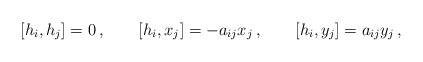
\begin{align*}\left[h_i,h_j\right]=0\, ,\qquad\left[h_i, x_j\right]= -a_{ij} x_j\, ,\qquad\left[h_i, y_j\right]= a_{ij} y_j\, ,\end{align*}